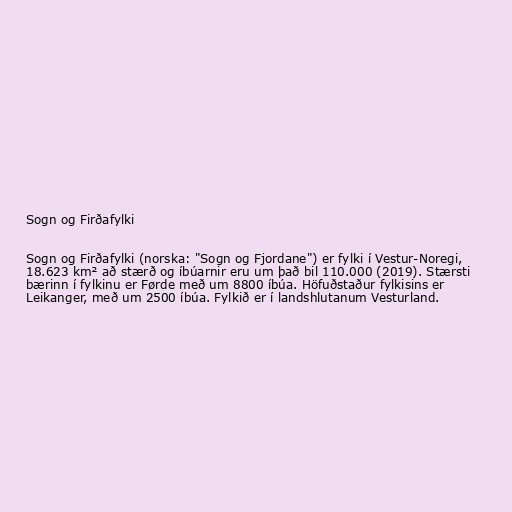
Sogn og Firðafylki

Sogn og Firðafylki (norska: "Sogn og Fjordane") er fylki í Vestur-Noregi,
18.623 km² að stærð og íbúarnir eru um það bil 110.000 (2019). Stærsti
bærinn í fylkinu er Førde með um 8800 íbúa. Höfuðstaður fylkisins er
Leikanger, með um 2500 íbúa. Fylkið er í landshlutanum Vesturland.